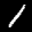
Digit: 1